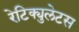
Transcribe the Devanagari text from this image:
रेटिक्युलेटस